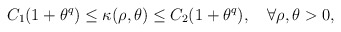
\begin{align*} C_1(1+\theta^q)\leq \kappa(\rho,\theta)\leq C_2(1+\theta^q), \quad\forall \rho, \theta>0,\\\end{align*}